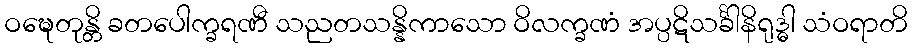
ဝဍ္ဎေတုန္တိ ခတပေါက္ခရဏီ သညတသန္နိကာသော ဝိလက္ခဏံ အပ္ပဋိသင်္ခါနိရုဒ္ဓါ သံဝရာတိ